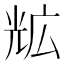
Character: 𭀨